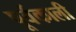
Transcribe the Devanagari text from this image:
पूर्वकाली